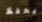
يحفظ